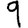
Digit: 9